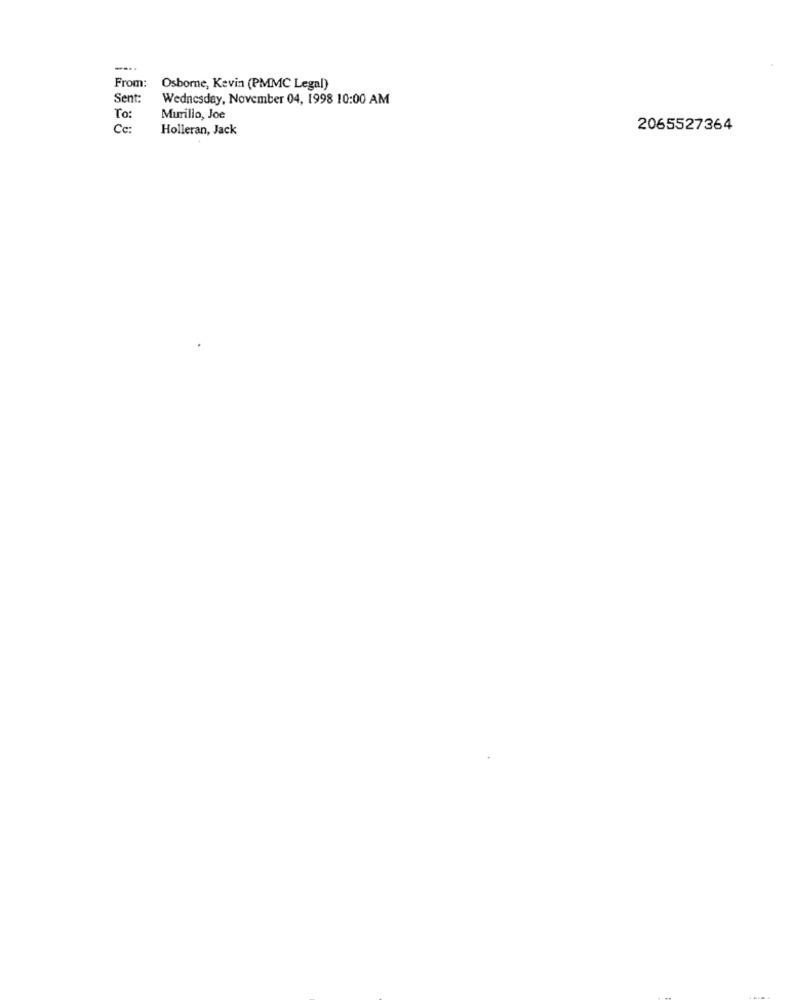
From:
Osborne, Kevin (PMMC Legal)
Sent:
Wednesday, November 04, 1998 10:00 AM
To:
Murillo, Joe
Cc:
Holleran, Jack
2065527364